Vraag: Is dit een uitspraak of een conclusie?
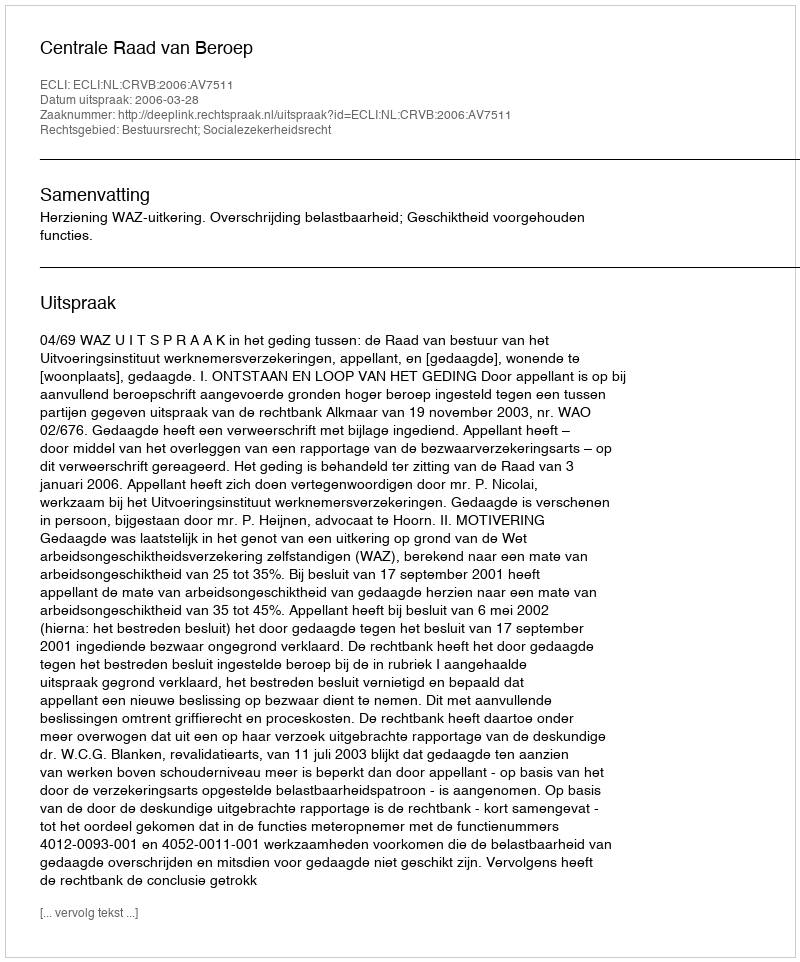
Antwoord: Uitspraak